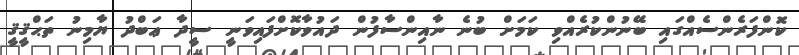
ކޮންފަރެންސެއްގައި ބޭނުންކުރެއްވި ކަމަށް ބުނެ ނާއިންސާފުން ދައުވާކޮށްފައިވަނީ ސީދާ ޢަބްދު ޔާމިނު ތަޙްޤީޤީ